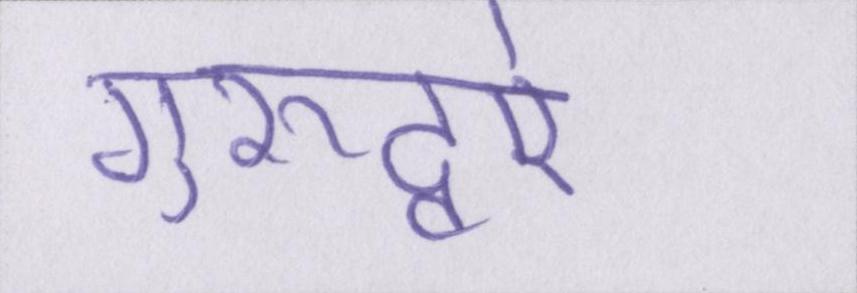
गुरूद्वारे